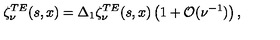
\zeta _ { \nu } ^ { T E } ( s , x ) = \Delta _ { 1 } \zeta _ { \nu } ^ { T E } ( s , x ) \left( 1 + { \cal O } ( \nu ^ { - 1 } ) \right) ,